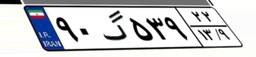
۹۰گ۵۳۹۲۲